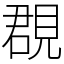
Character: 覠